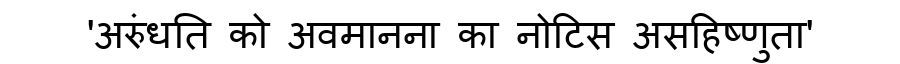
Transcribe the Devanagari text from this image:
'अरुंधति को अवमानना का नोटिस असहिष्णुता'